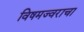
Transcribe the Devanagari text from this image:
विषमज्वराचा